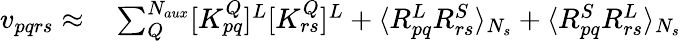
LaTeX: \begin{array}{rl}{v_{pqrs}\approx}&{{}\sum_{Q}^{N_{aux}}[K_{pq}^{Q}]^{L}[K_{rs}^{Q}]^{L}+\langle R_{pq}^{L}R_{rs}^{S}\rangle_{N_{s}}+\langle R_{pq}^{S}R_{rs}^{L}\rangle_{N_{s}}}\end{array}